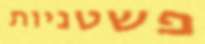
פשטניות